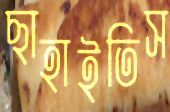
ছাহাইতিস